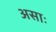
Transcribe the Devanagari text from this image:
असाः